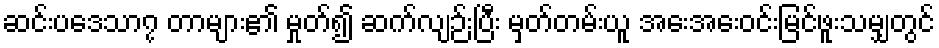
ဆင်းပဒေသာ၇ တာများ၏ မှုတ်၍ ဆက်လျဉ်းပြီး မှတ်တမ်းယူ အေးအေးဝင်းမြင်ဖူးသမျှတွင်